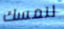
لنمسك